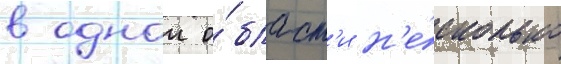
в однои о́бласт'и н'е́сколько